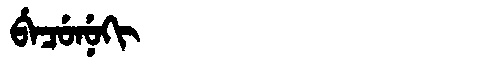
Manchu: ᠪᡝᠴᡠᠨᡠᡴᡳ
Romanization: BECUNUKI